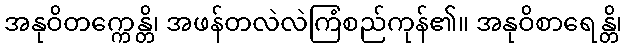
အနုဝိတက္ကေန္တိ၊ အဖန်တလဲလဲကြံစည်ကုန်၏။ အနုဝိစာရေန္တိ၊